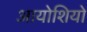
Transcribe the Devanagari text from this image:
आयोशियो